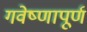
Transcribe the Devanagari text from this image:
गवेष्णापूर्ण